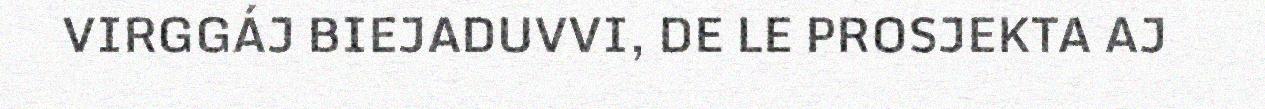
VIRGGÁJ BIEJADUVVI, DE LE PROSJEKTA AJ